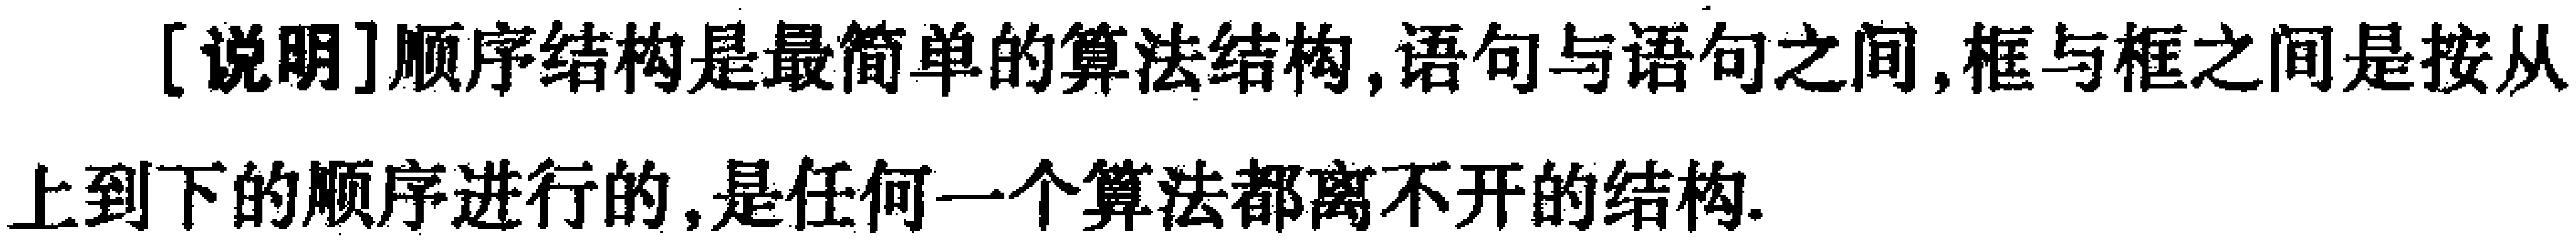
[说明]顺序结构是最简单的算法结构,语句与语句之间,框与框之间是按从上到下的顺序进行的,是任何一个算法都离不开的结构.